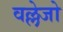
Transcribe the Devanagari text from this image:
वल्लेजो